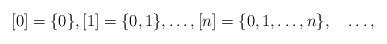
LaTeX: \begin{align*}[0]=\{0\}, [1]=\{0, 1\},\dotsc,[n]=\{0, 1,\dotsc, n\},\quad\dotsc,\end{align*}